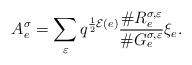
LaTeX: \begin{align*}A_e^{\sigma} =\sum_{\varepsilon} q^{\frac{1}{2} \mathcal{E}(e)} \frac{\# R_e^{\sigma, \varepsilon} }{\#G_e^{\sigma, \varepsilon} } \xi_e.\end{align*}